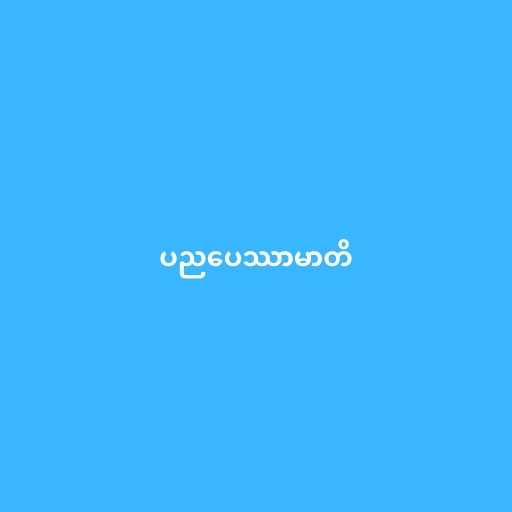
ပညပေဿာမာတိ